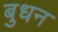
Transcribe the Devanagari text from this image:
बुधन